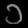
Digit: ၁